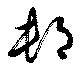
村